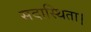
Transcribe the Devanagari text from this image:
सदास्थिता।